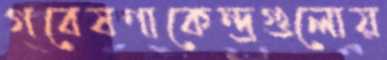
গবেষণাকেন্দ্রগুলোয়